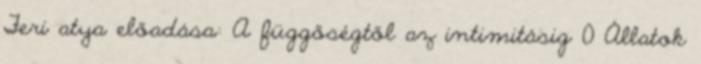
Feri atya előadása: A függőségtől az intimitásig 0 Állatok